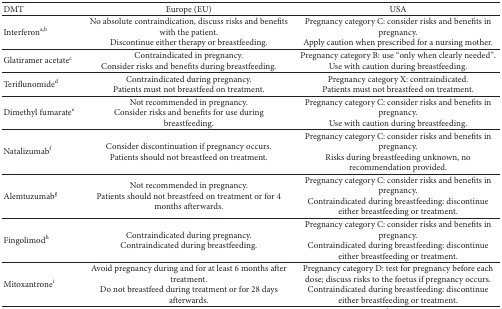
| DMT | Europe (EU) | USA |
 | --- | --- | --- |
 | Interferona,b | No absolute contraindication, discuss risks and benefits with the patient. Discontinue either therapy or breastfeeding. | Pregnancy category C: consider risks and benefits in pregnancy. Apply caution when prescribed for a nursing mother. |
 | Glatiramer acetatec | Contraindicated in pregnancy. Consider risks and benefits during breastfeeding. | Pregnancy category B: use “only when clearly needed”. Use with caution during breastfeeding. |
 | Teriflunomided | Contraindicated during pregnancy. Patients must not breastfeed on treatment. | Pregnancy category X: contraindicated. Patients must not breastfeed on treatment. |
 | Dimethyl fumaratee | Not recommended in pregnancy. Consider risks and benefits for use during breastfeeding. | Pregnancy category C: consider risks and benefits in pregnancy. Use with caution during breastfeeding. |
 | Natalizumabf | Consider discontinuation if pregnancy occurs.Patients should not breastfeed on treatment. | Pregnancy category C: consider risks and benefits in pregnancy. Risks during breastfeeding unknown, no recommendation provided. |
 | Alemtuzumabg | Not recommended in pregnancy. Patients should not breastfeed on treatment or for 4 months afterwards. | Pregnancy category C: consider risks and benefits in pregnancy. Contraindicated during breastfeeding: discontinue either breastfeeding or treatment. |
 | Fingolimodh | Contraindicated during pregnancy. Contraindicated during breastfeeding. | Pregnancy category C: consider risks and benefits in pregnancy. Contraindicated during breastfeeding: discontinue either breastfeeding or treatment. |
 | Mitoxantronei | Avoid pregnancy during and for at least 6 months after treatment. Do not breastfeed during treatment or for 28 days afterwards. | Pregnancy category D: test for pregnancy before each dose; discuss risks to the foetus if pregnancy occurs. Contraindicated during breastfeeding: discontinue either breastfeeding or treatment. |